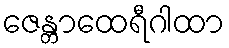
ဇေန္တာထေရီဂါထာ